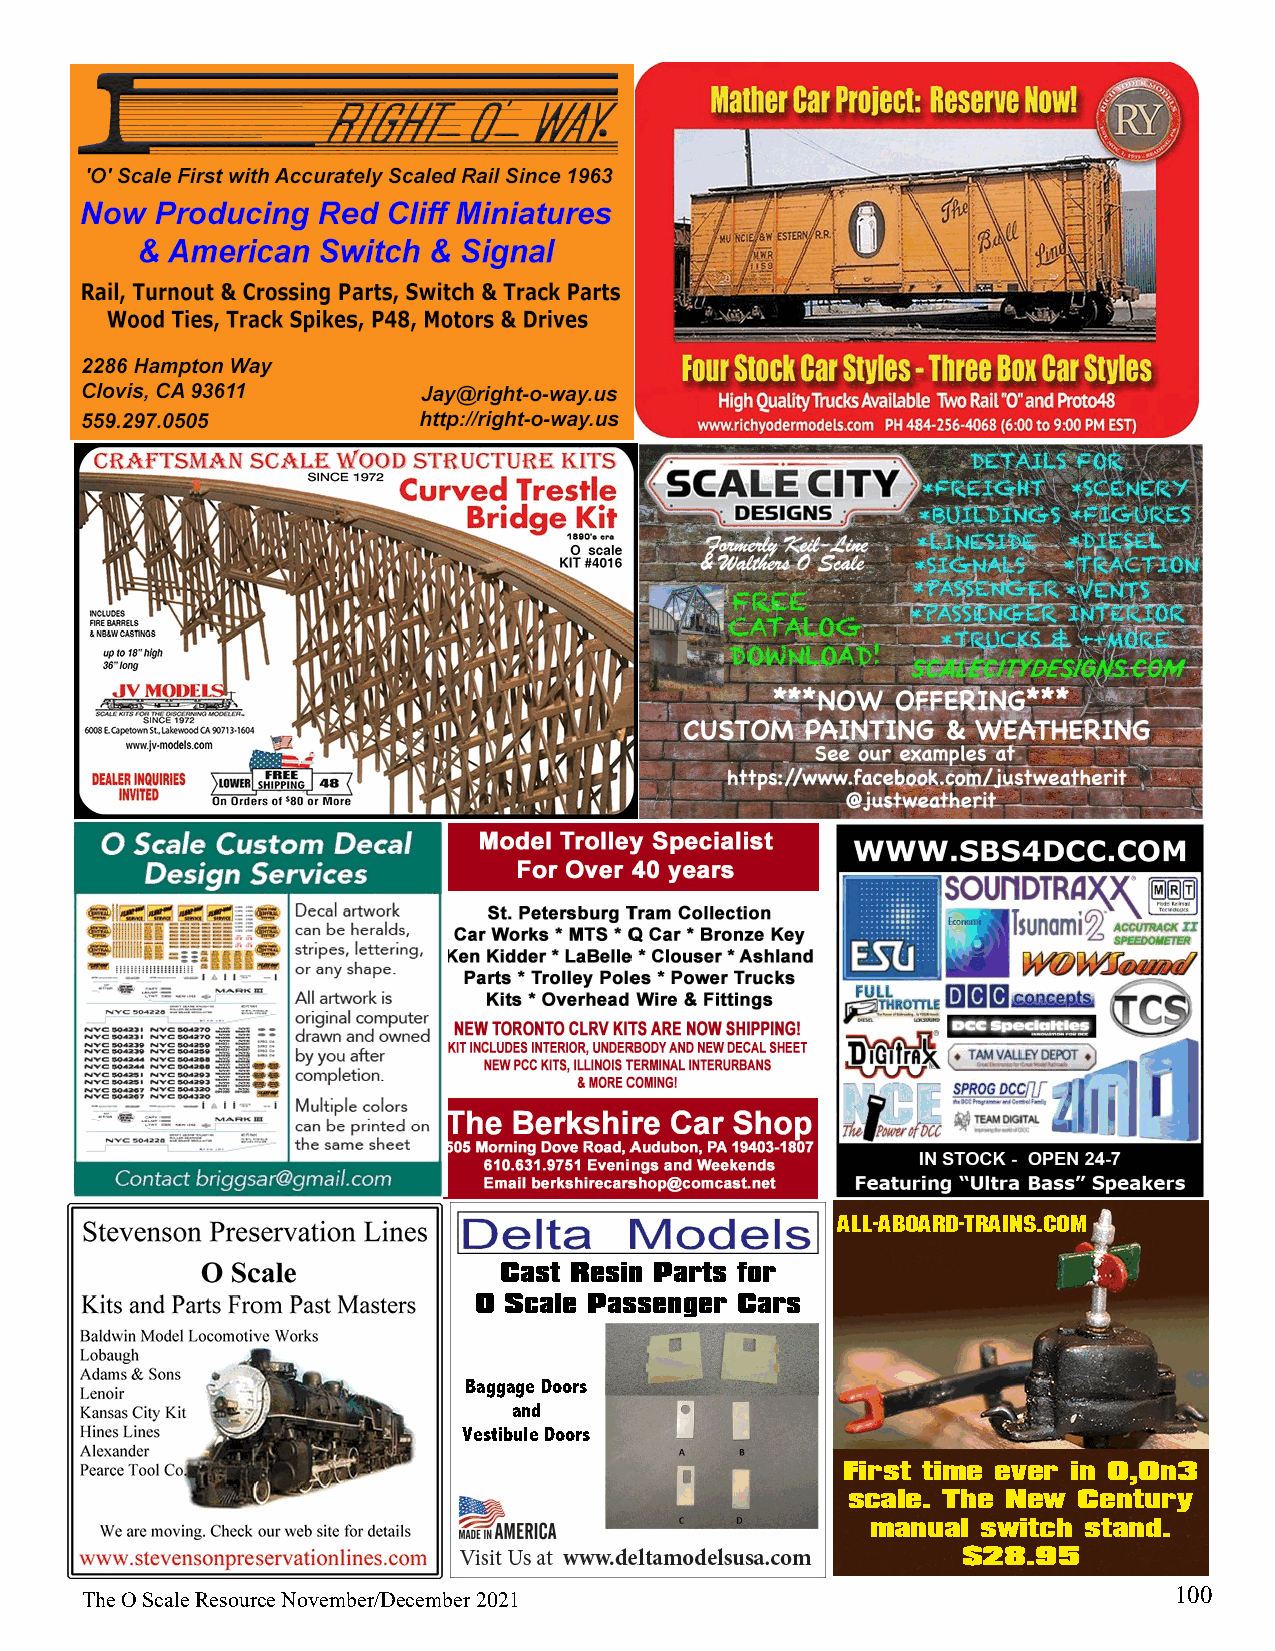
all-aboard-trains.com
 Cast Resin Parts for
 O Scale Passenger Cars
 Baggage Doors
 and
 Vestibule Doors
 First time ever in O,On3
 scale. The New Century
 manual switch stand.
 $28.95
 100
 The O Scale Resource November/December 2021